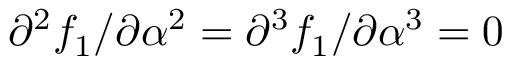
\partial ^ { 2 } f _ { 1 } / \partial \alpha ^ { 2 } = \partial ^ { 3 } f _ { 1 } / \partial \alpha ^ { 3 } = 0